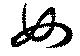
女